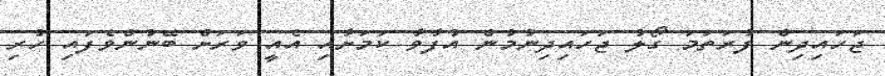
ޖަހައިދިން ފުރަތަމަ ގޯލު ޖަހައިދިނުމުން އުފާވާ ކަމަށާއި އެއީ ވަރަށް ބޭނުންވެފައި ހުރި